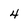
Character: 4